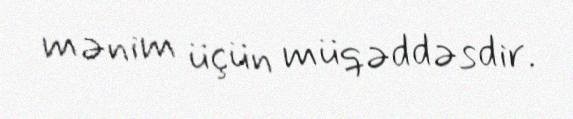
mənim üçün müqəddəsdir.